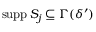
\operatorname { s u p p } S _ { j } \subseteq \Gamma ( \delta ^ { \prime } )